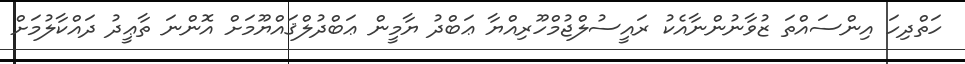
ހަތްދިހަ އިންސައްތަ ޒުވާނުންނާއެކު ރައީސުލްޖުމްހޫރިއްޔާ ޢަބްދު ޔާމީން ޢަބްދުލްޤައްޔޫމަށް އޮންނަ ތާޢީދު ދައްކާލުމަށް